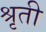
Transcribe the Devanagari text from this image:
श्रृती